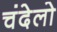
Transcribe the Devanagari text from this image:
चंदेलो